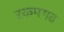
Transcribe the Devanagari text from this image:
रकमगढ